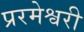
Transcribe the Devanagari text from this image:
प्ररमेश्वरी